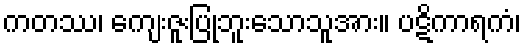
ကတဿ၊ ကျေးဇူးပြုဘူးသောသူအား။ ပဋိကာရကံ၊